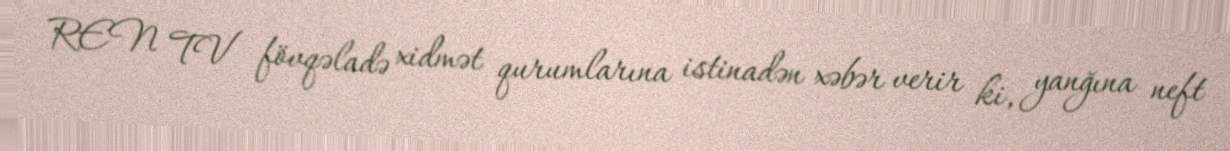
REN TV fövqəladə xidmət qurumlarına istinadən xəbər verir ki, yanğına neft